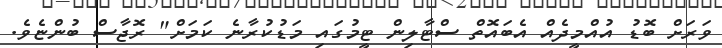
ވަރަށް ބޮޑު އުއްމީދެއް އެބައޮތް ސްޓާލިން ޓީމުގައި މަޑުކުރާނެ ކަމަށް" ރޮޖާސް ބުންޏެވެ.